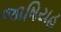
જાષિયહ